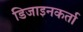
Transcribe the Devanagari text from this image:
डिजाइनकर्ता